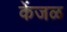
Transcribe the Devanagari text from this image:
केंजळ